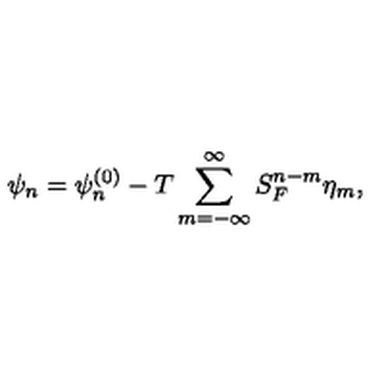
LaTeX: \psi _ { n } = \psi _ { n } ^ { \left( 0 \right) } - T \sum _ { m = - \infty } ^ { \infty } S _ { F } ^ { n - m } \eta _ { m } ,